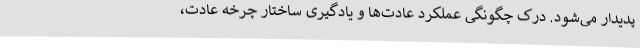
پدیدار می‌شود. درک چگونگی عملکرد عادت‌ها و یادگیری ساختار چرخه عادت،